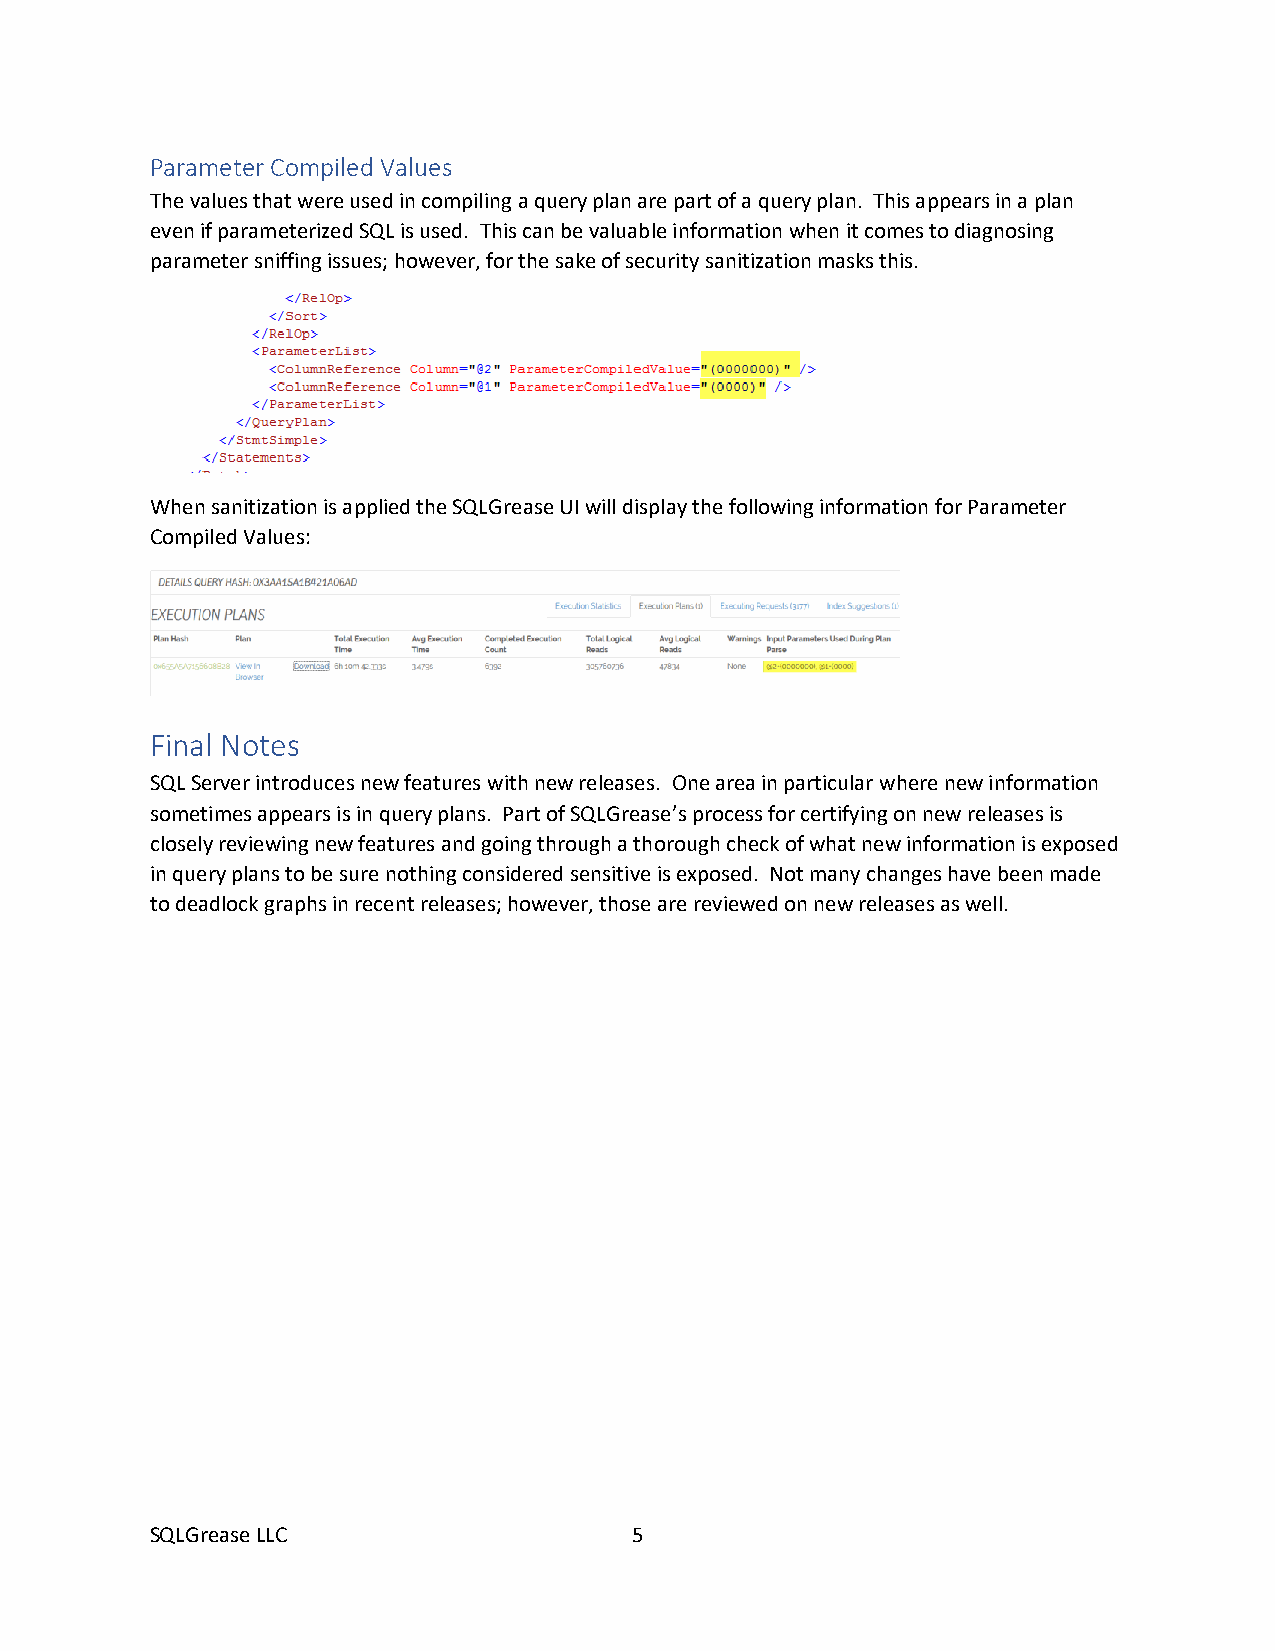
Parameter Compiled Values
 The values that were used in compiling a query plan are part of a query plan. This appears in a plan
 even if parameterized SQL is used. This can be valuable information when it comes to diagnosing
 parameter sniffing issues; however, for the sake of security sanitization masks this.
 When sanitization is applied the SQLGrease UI will display the following information for Parameter
 Compiled Values:
 Final Notes
 SQL Server introduces new features with new releases. One area in particular where new information
 sometimes appears is in query plans. Part of SQLGrease’s process for certifying on new releases is
 closely reviewing new features and going through a thorough check of what new information is exposed
 in query plans to be sure nothing considered sensitive is exposed. Not many changes have been made
 to deadlock graphs in recent releases; however, those are reviewed on new releases as well.
 SQLGrease LLC                   5